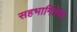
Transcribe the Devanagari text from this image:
सहभागितेचा